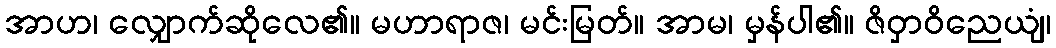
အာဟ၊ လျှောက်ဆိုလေ၏။ မဟာရာဇ၊ မင်းမြတ်။ အာမ၊ မှန်ပါ၏။ ဇိဝှာဝိညေယျံ၊